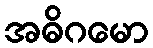
အဓိဂမော